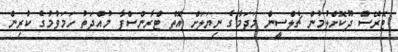
ޓޮރޭސް ދޫކޮށްލުމުން ޗެލްސީން މަދަމާގެ ނިޔަލަށް އޮތް ޓްރާންސްފާ މުއްދަތު ހަމަވުމުގެ ކުރިން